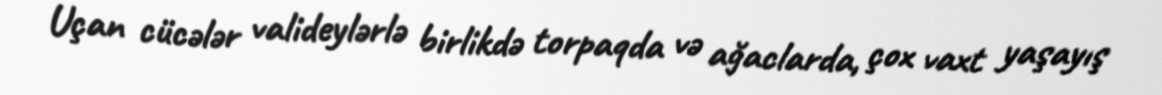
Uçan cücələr valideylərlə birlikdə torpaqda və ağaclarda, çox vaxt yaşayış